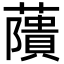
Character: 藬